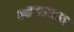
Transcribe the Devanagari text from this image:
आपटतात